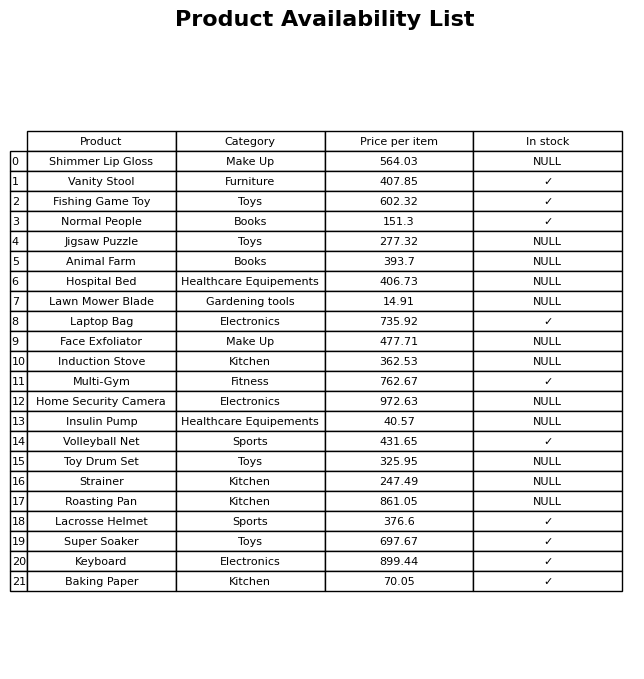
question: Which products are available in stock?
answer: Vanity Stool, Fishing Game Toy, Normal People, Laptop Bag, Multi-Gym, Volleyball Net, Lacrosse Helmet, Super Soaker, Keyboard, Baking Paper